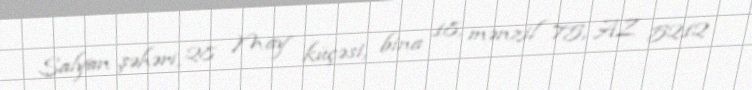
Salyan şəhəri, 28 May küçəsi, bina 18, mənzil 75, AZ 5212